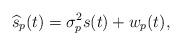
LaTeX: \begin{align*}\widehat{s}_p(t)=\sigma_p^2 s(t) + w_p(t),\end{align*}